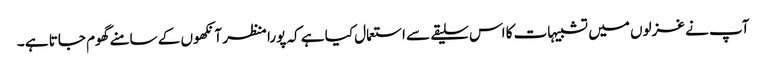
آپ نے غزلوں میں تشبیہات کا اس سلیقے سے استعمال کیا ہے کہ پورا منظر آنکھوں کے سامنے گھوم جاتا ہے ۔